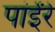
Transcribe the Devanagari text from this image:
पांईंरे